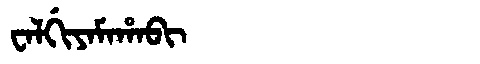
Manchu: ᠸᠠᠯᡤᡳᠶᠠᠮᠠᡥᠠᠪᡳ
Romanization: WALGIYAMAHABI